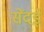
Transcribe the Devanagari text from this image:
सेंदई